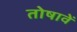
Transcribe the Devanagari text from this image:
तोषावें